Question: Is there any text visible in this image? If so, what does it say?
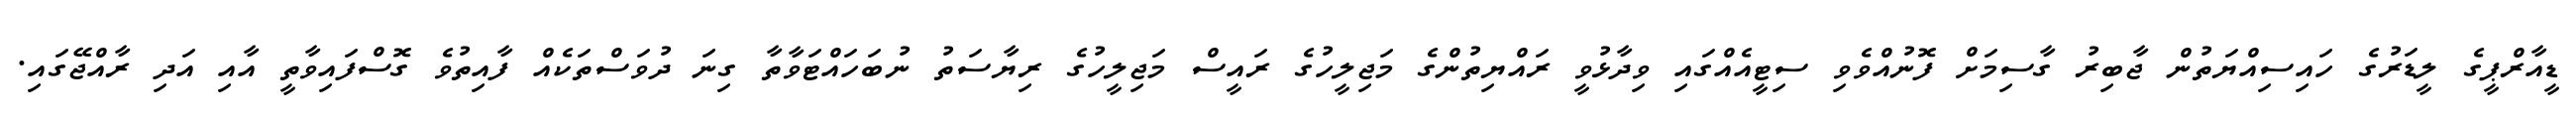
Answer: ޑީއާރްޕީގެ ލީޑަރުގެ ހައިސިއްޔަތުން ޖާބިރު ގާސިމަށް ފޮނުއްވެވި ސިޓީއެއްގައި ވިދާޅުވީ ރައްޔިތުންގެ މަޖިލީހުގެ ރައީސް މަޖިލީހުގެ ރިޔާސަތު ނުބަހައްޓަވާތާ ގިނަ ދުވަސްތަކެއް ފާއިތުވެ ގޮސްފައިވާތީ އާއި އަދި ރާއްޖޭގައި.